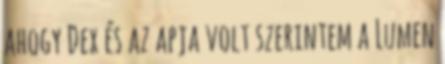
ahogy Dex és az apja volt szerintem a Lumen